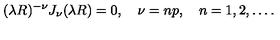
( \lambda R ) ^ { - \nu } J _ { \nu } ( \lambda R ) = 0 , \quad \nu = n p , \quad n = 1 , 2 , \ldots { . }